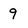
Character: 9